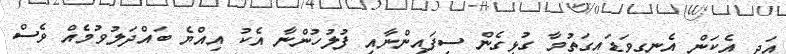
އަދި އެކަން އެނގިވަޑައިގަތުމާ ގުޅިގެން ސިފައިންނާއި ފުލުހުންނާ އެކު އިއްޔެ ބައްދަލުވުމެއް ވެސް